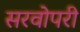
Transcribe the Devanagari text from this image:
सरवोपरी